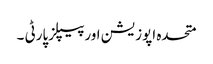
متحدہ اپوزیشن اورپیپلزپارٹی ۔